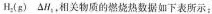
H _ { 2 } ( g )$$ △ H _ { 2 }，相关物质的燃烧热数据如下表所示；